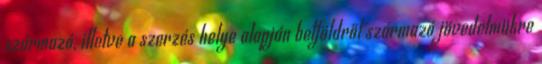
származó, illetve a szerzés helye alapján belföldről származó jövedelmükre